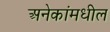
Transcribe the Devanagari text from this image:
अनेकांमधील